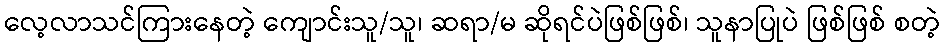
လေ့လာသင်ကြားနေတဲ့ ကျောင်းသူ/သူ၊ ဆရာ/မ ဆိုရင်ပဲဖြစ်ဖြစ်၊ သူနာပြုပဲ ဖြစ်ဖြစ် စတဲ့